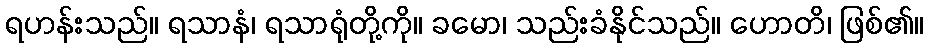
ရဟန်းသည်။ ရသာနံ၊ ရသာရုံတို့ကို။ ခမော၊ သည်းခံနိုင်သည်။ ဟောတိ၊ ဖြစ်၏။